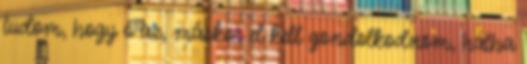
tudom, hogy ő az, máskor el kell gondolkodnom, hátha